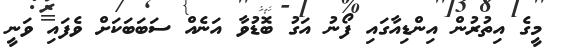
މީގެ އިތުރުން އިންޑިއާގައި ފޯނު އަގު ބޮޑުވާ އަނެއް ސަބަބަކަށް ވެފައި ވަނީ